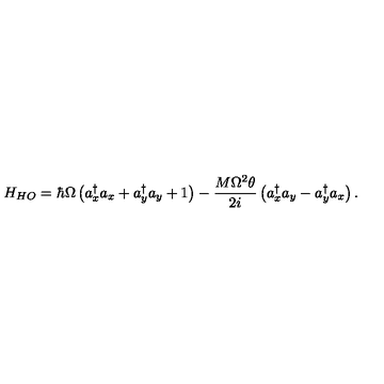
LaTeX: H _ { H O } = \hbar \Omega \left( a _ { x } ^ { \dagger } a _ { x } + a _ { y } ^ { \dagger } a _ { y } + 1 \right) - \frac { M \Omega ^ { 2 } \theta } { 2 i } \left( a _ { x } ^ { \dagger } a _ { y } - a _ { y } ^ { \dagger } a _ { x } \right) .